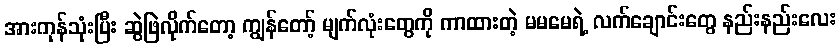
အားကုန်သုံးပြီး ဆွဲဖြဲလိုက်တော့ ကျွန်တော့် မျက်လုံးတွေကို ကာထားတဲ့ မမမေရဲ့ လက်ချောင်းတွေ နည်းနည်းလေး